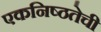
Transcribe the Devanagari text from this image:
एकनिष्ठतेची